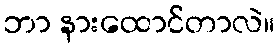
ဘာ နားထောင်တာလဲ။